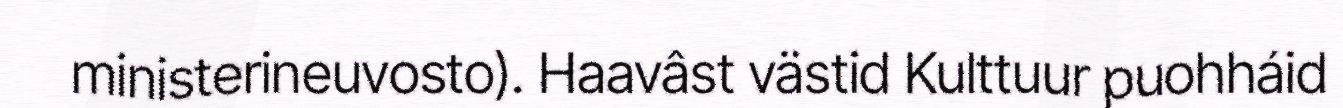
ministerineuvosto). Haavâst västid Kulttuur puohháid